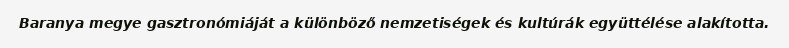
Baranya megye gasztronómiáját a különböző nemzetiségek és kultúrák együttélése alakította.